Civil Veterinary Dept. Assam report 1911-1927 - 1911-1927
Year: 1911
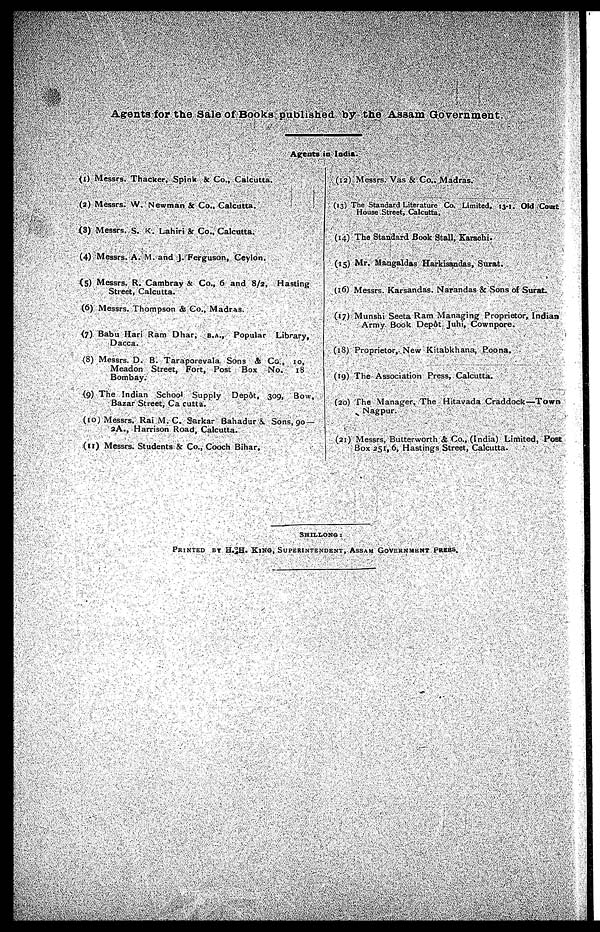
Agents for the Sale of Books published by the Assam Government.
Agents in India.
(1) Messrs. Thacker, Spink & Co., Calcutta.
(2) Messrs. W. Newman & Co., Calcutta.
(3) Messrs. S. K. Lahiri & Co., Calcutta.
(4) Messrs. A. M. and J. Ferguson, Ceylon.
(5) Messrs. R. Cambray & Co., 6 and 8/2, Hasting
Street, Calcutta.
(6) Messrs. Thompson & Co., Madras.
(7) Babu Hari Ram Dhar, B.A., Popular Library,
Dacca.
(8) Messrs. D. B. Taraporevala Sons & Co., 10,
Meadon Street, Fort, Post Box No. 18
Bombay.
(9) The Indian School Supply Depôt, 309, Bow,
Bazar Street, Calcutta.
(10) Messrs. Rai M. C. Sarkar Bahadur &. Sons, 90 —
2A., Harrison Road, Calcutta.
(11) Messrs. Students & Co., Cooch Bihar.
(12) Messrs. Vas & Co.. Madras.
(13) The Standard Literature Co. Limited, 13-1. Old Court
House Street, Calcutta,
(14) The Standard Book Stall, Karachi.
(15) Mr. Mangaldas Harkisandas, Surat.
(16) Messrs. Karsandas, Narandas & Sons of Surat.
(17) Munshi Seeta Ram Managing Proprietor, Indian
Army. Book Depot Juhi, Cownpore.
(18) Proprietor, New Kitabkhana, Poona.
(19) The Association Press, Calcutta.
(20) The Manager, The Hitavada Craddock—Town
Nagpur.
(21) Messrs, Butterworth & Co., (India) Limited, Post
Box 251, 6, Hastings Street, Calcutta.
SHILLONG :
PRINTED BY H. H. KING, SUPERINTENDENT, ASSAM GOVERNMENT PRESS.